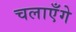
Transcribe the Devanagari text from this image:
चलाएँगे